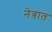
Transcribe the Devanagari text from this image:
नेत्रात